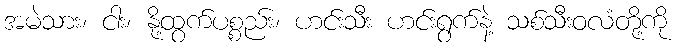
အမဲသား၊ ငါး၊ နို့ထွက်ပစ္စည်း၊ ဟင်းသီး ဟင်းရွက်နဲ့ သစ်သီးဝလံတို့ကို